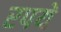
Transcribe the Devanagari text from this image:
रपये